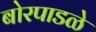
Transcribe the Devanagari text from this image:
बोरपाडळे